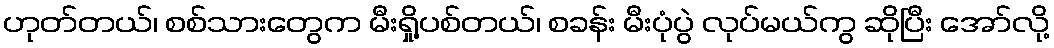
ဟုတ်တယ်၊ စစ်သားတွေက မီးရှို့ပစ်တယ်၊ စခန်း မီးပုံပွဲ လုပ်မယ်ကွ ဆိုပြီး အော်လို့